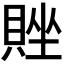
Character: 𬥗